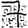
Digit: 7